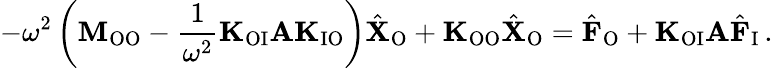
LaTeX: -\omega^{2}\left(\mathbf{M}_{\mathrm{OO}}-\frac{1}{\omega^{2}}\mathbf{K}_{\mathrm{OI}}\mathbf{A}\mathbf{K}_{\mathrm{IO}}\right)\hat{\mathbf{X}}_{\mathrm{O}}+\mathbf{K}_{\mathrm{OO}}\hat{\mathbf{X}}_{\mathrm{O}}=\hat{\mathbf{F}}_{\mathrm{O}}+\mathbf{K}_{\mathrm{OI}}\mathbf{A}\hat{\mathbf{F}}_{\mathrm{I}}\, .